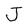
Character: J